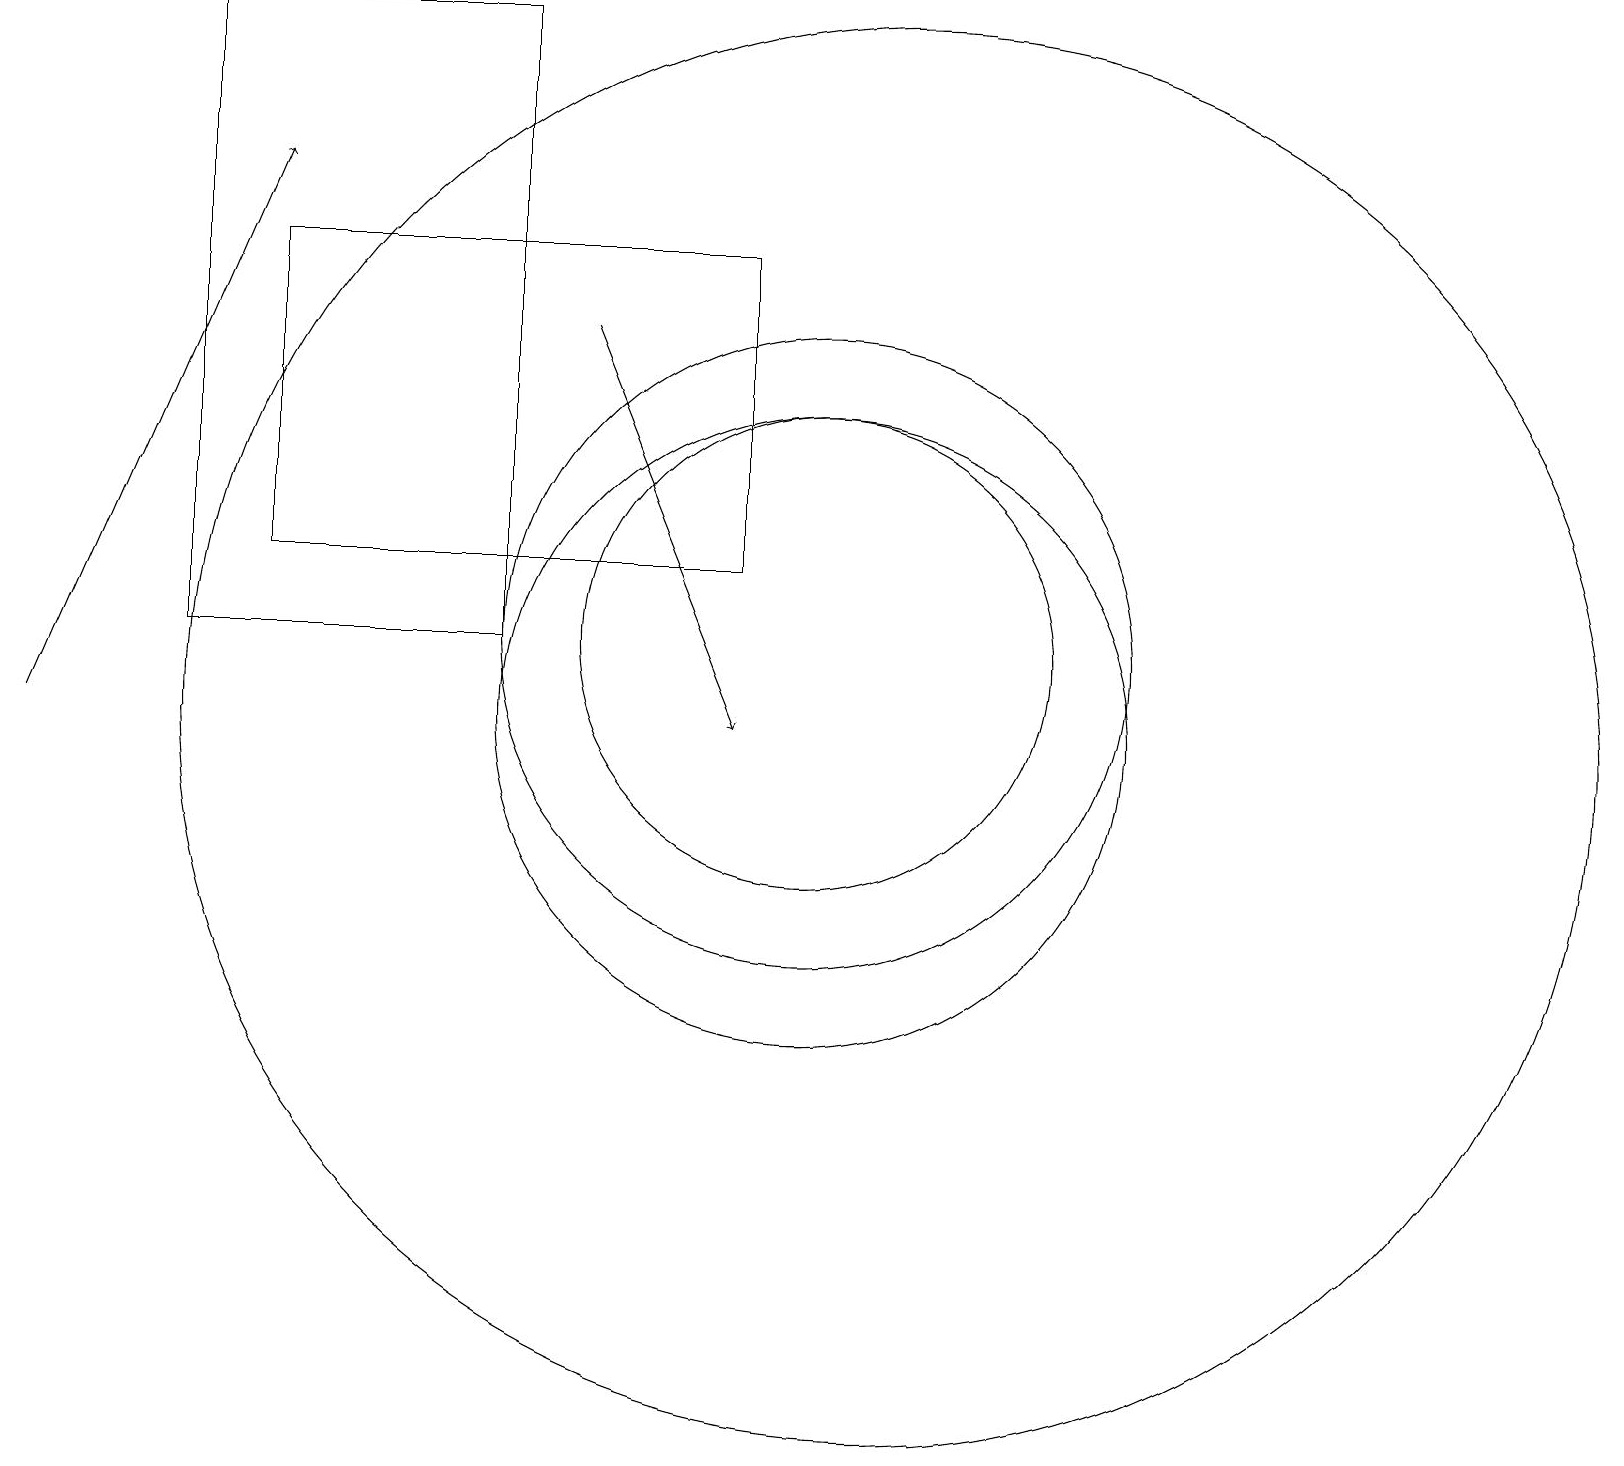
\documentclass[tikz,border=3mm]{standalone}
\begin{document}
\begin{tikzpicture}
\draw[->] (0,10) -- (3,17);
\draw (11,10) circle (9);
\draw (10,11) circle (3);
\draw (9,12) rectangle (3,16);
\draw (10,11) circle (4);
\draw (2,11) rectangle (6,19);
\draw[->] (7,15) -- (9,10);
\draw (10,10) circle (4);
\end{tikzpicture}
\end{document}